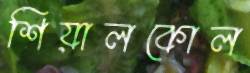
শিয়ালকোল